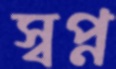
স্বপ্ন